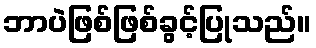
ဘာပဲဖြစ်ဖြစ်ခွင့်ပြုသည်။